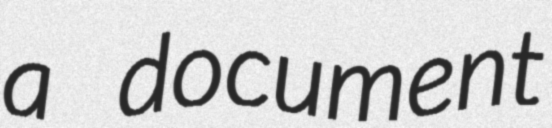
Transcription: a document